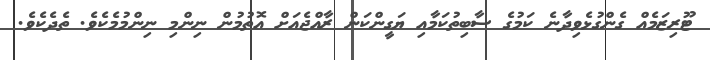
ޓޫރިޒަމެއް ގެންގުޅެވިދާނެ ކަމުގެ ސާބިތުކަމާއި ޔަގީންކަން ރާއްޖެއަށް އޮތުމުން ނިންމި ނިންމުމެކެވެ. ތެދެކެވެ.